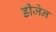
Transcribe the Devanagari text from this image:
डीजेन